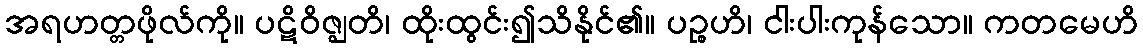
အရဟတ္တဖိုလ်ကို။ ပဋိဝိဇ္ဈတိ၊ ထိုးထွင်း၍သိနိုင်၏။ ပဉ္စဟိ၊ ငါးပါးကုန်သော။ ကတမေဟိ